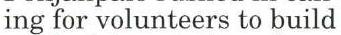
ing for volunteers to build